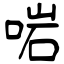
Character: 啱